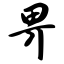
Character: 畀